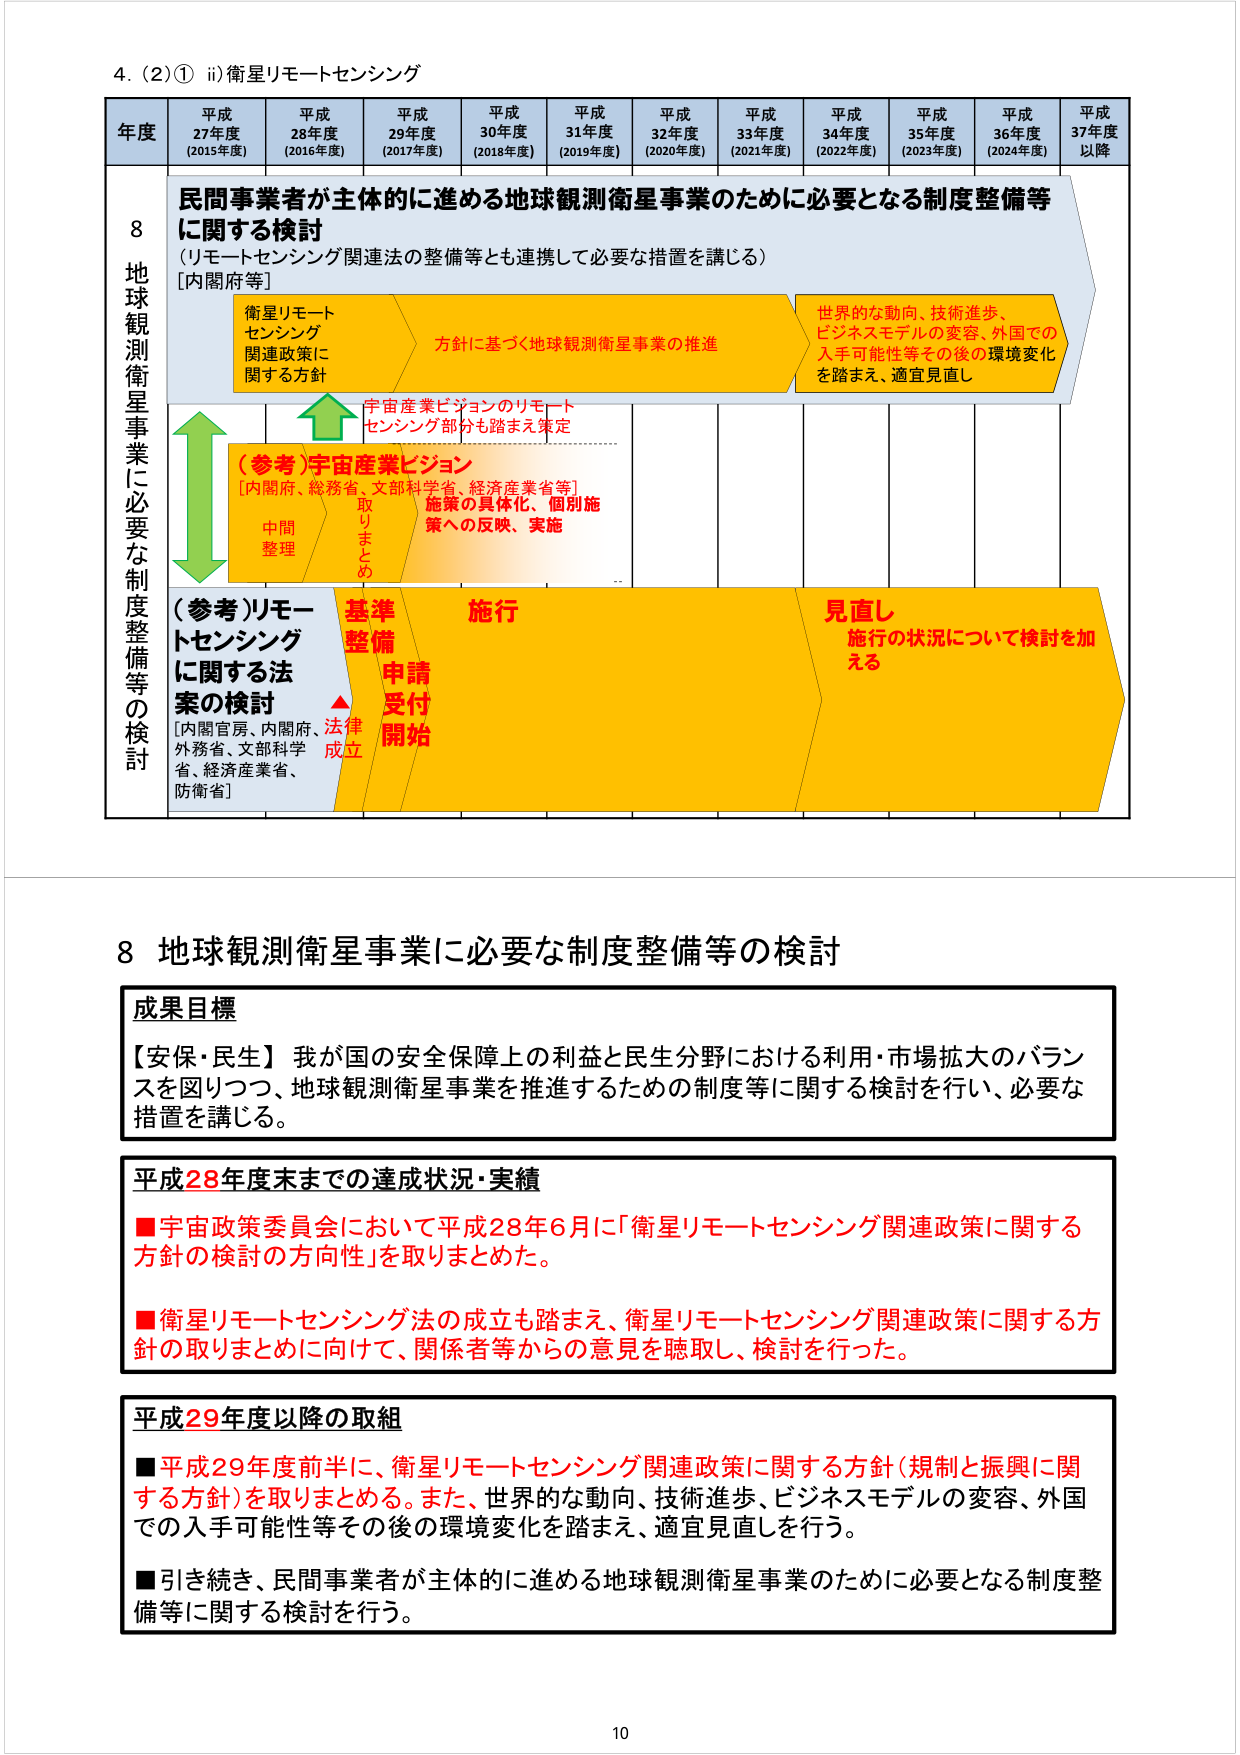
4. (2)① ii) 衛星リモートセンシング

年度 平成27年度 (2015年度) 平成28年度 (2016年度) 平成29年度 (2017年度) 平成30年度 (2018年度) 平成31年度 (2019年度) 平成32年度 (2020年度) 平成33年度 (2021年度) 平成34年度 (2022年度) 平成35年度 (2023年度) 平成36年度 (2024年度) 平成37年度以降

8 地球観測衛星事業に必要な制度整備等の検討

民間事業者が主体的に進める地球観測衛星事業のために必要となる制度整備等に関する検討
（リモートセンシング関連法の整備等とも連携して必要な措置を講じる）
[内閣府等]

衛星リモートセンシング関連政策に関する方針

方針に基づく地球観測衛星事業の推進

世界的な動向、技術進歩、ビジネスモデルの変容、外国での入手可能性等その後の環境変化を踏まえ、適宜見直し

宇宙産業ビジョンのリモートセンシング部分も踏まえ策定

（参考）宇宙産業ビジョン
[内閣府、総務省、文部科学省、経済産業省等]
施策の具体化、個別施策への反映、実施

中間整理 取りまとめ

（参考）リモートセンシングに関する法案の検討
[内閣官房、内閣府、外務省、文部科学省、経済産業省、防衛省]

法律成立 基準整備 申請受付開始 施行 見直し
施行の状況について検討を加える

8 地球観測衛星事業に必要な制度整備等の検討

成果目標
【安保・民生】我が国の安全保障上の利益と民生分野における利用・市場拡大のバランスを図りつつ、地球観測衛星事業を推進するための制度等に関する検討を行い、必要な措置を講じる。

平成28年度末までの達成状況・実績
■宇宙政策委員会において平成28年6月に「衛星リモートセンシング関連政策に関する方針の検討の方向性」を取りまとめた。
■衛星リモートセンシング法の成立も踏まえ、衛星リモートセンシング関連政策に関する方針の取りまとめに向けて、関係者等からの意見を聴取し、検討を行った。

平成29年度以降の取組
■平成29年度前半に、衛星リモートセンシング関連政策に関する方針（規制と振興に関する方針）を取りまとめる。また、世界的な動向、技術進歩、ビジネスモデルの変容、外国での入手可能性等その後の環境変化を踏まえ、適宜見直しを行う。
■引き続き、民間事業者が主体的に進める地球観測衛星事業のために必要となる制度整備等に関する検討を行う。

10